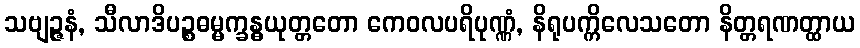
သဗျဉ္ဇနံ, သီလာဒိပဉ္စဓမ္မက္ခန္ဓယုတ္တတော ကေဝလပရိပုဏ္ဏံ, နိရုပက္ကိလေသတော နိတ္တရဏတ္ထာယ